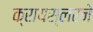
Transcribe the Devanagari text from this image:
क्रायस्लरने